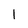
Character: l